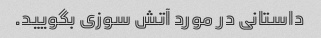
داستانی در مورد آتش سوزی بگویید.